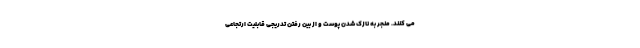
می کنند. منجر به نازک شدن پوست و از بین رفتن تدریجی قابلیت ارتجاعی